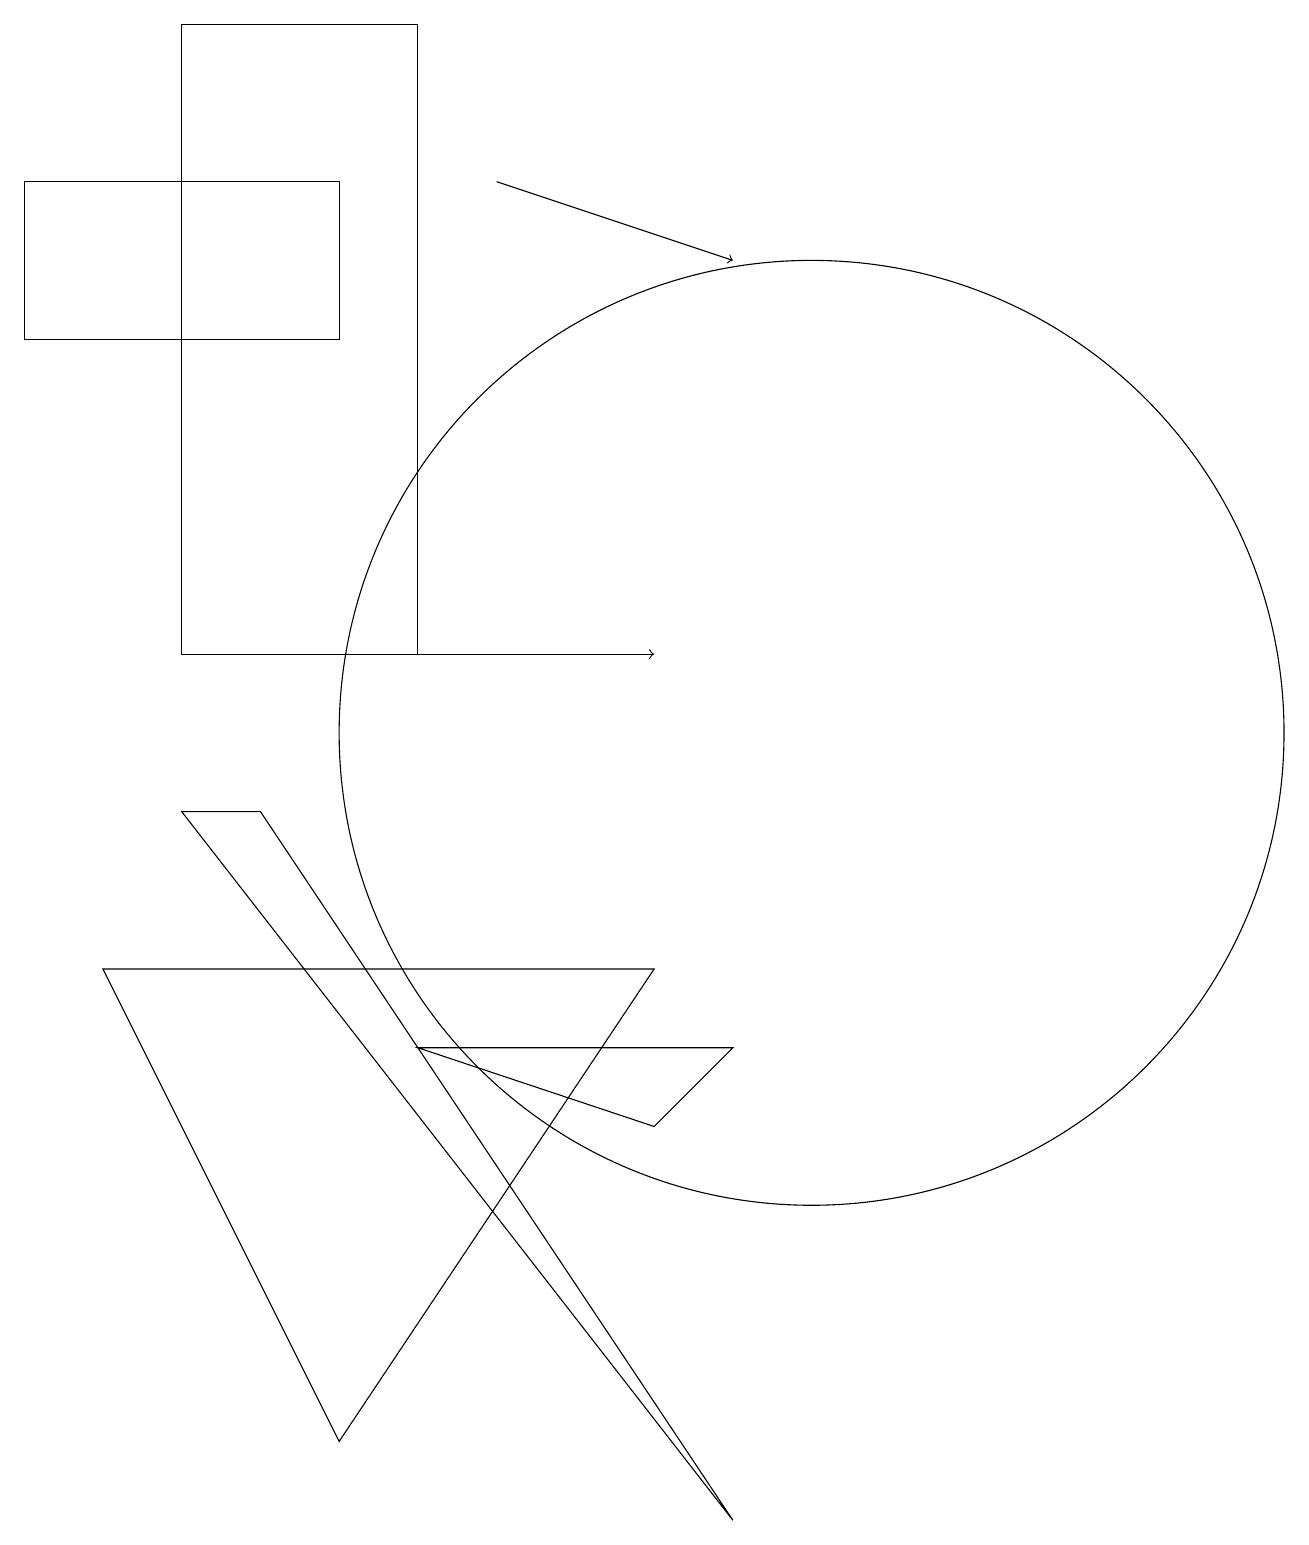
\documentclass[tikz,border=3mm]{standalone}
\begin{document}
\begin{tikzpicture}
\draw (10,10) circle (6);
\draw[->] (3,11) -- (8,11);
\draw (8,5) -- (5,6) -- (9,6) -- cycle;
\draw[->] (6,17) -- (9,16);
\draw (4,15) rectangle (0,17);
\draw (2,9) -- (9,0) -- (3,9) -- cycle;
\draw (2,11) rectangle (5,19);
\draw (4,1) -- (1,7) -- (8,7) -- cycle;
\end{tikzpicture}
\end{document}